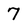
Character: 7